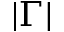
\lvert \Gamma \rvert